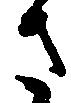
さ